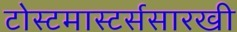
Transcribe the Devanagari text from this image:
टोस्टमास्टर्ससारखी